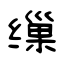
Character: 缫